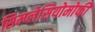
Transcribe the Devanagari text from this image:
सिम्प्लेसियोमोर्फी